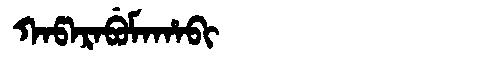
Manchu: ᡴᠠᡦᠠᡵᠠᠪᡠᠮᠠᡥᠠᠪᡳ
Romanization: KAPARABUMAHABI